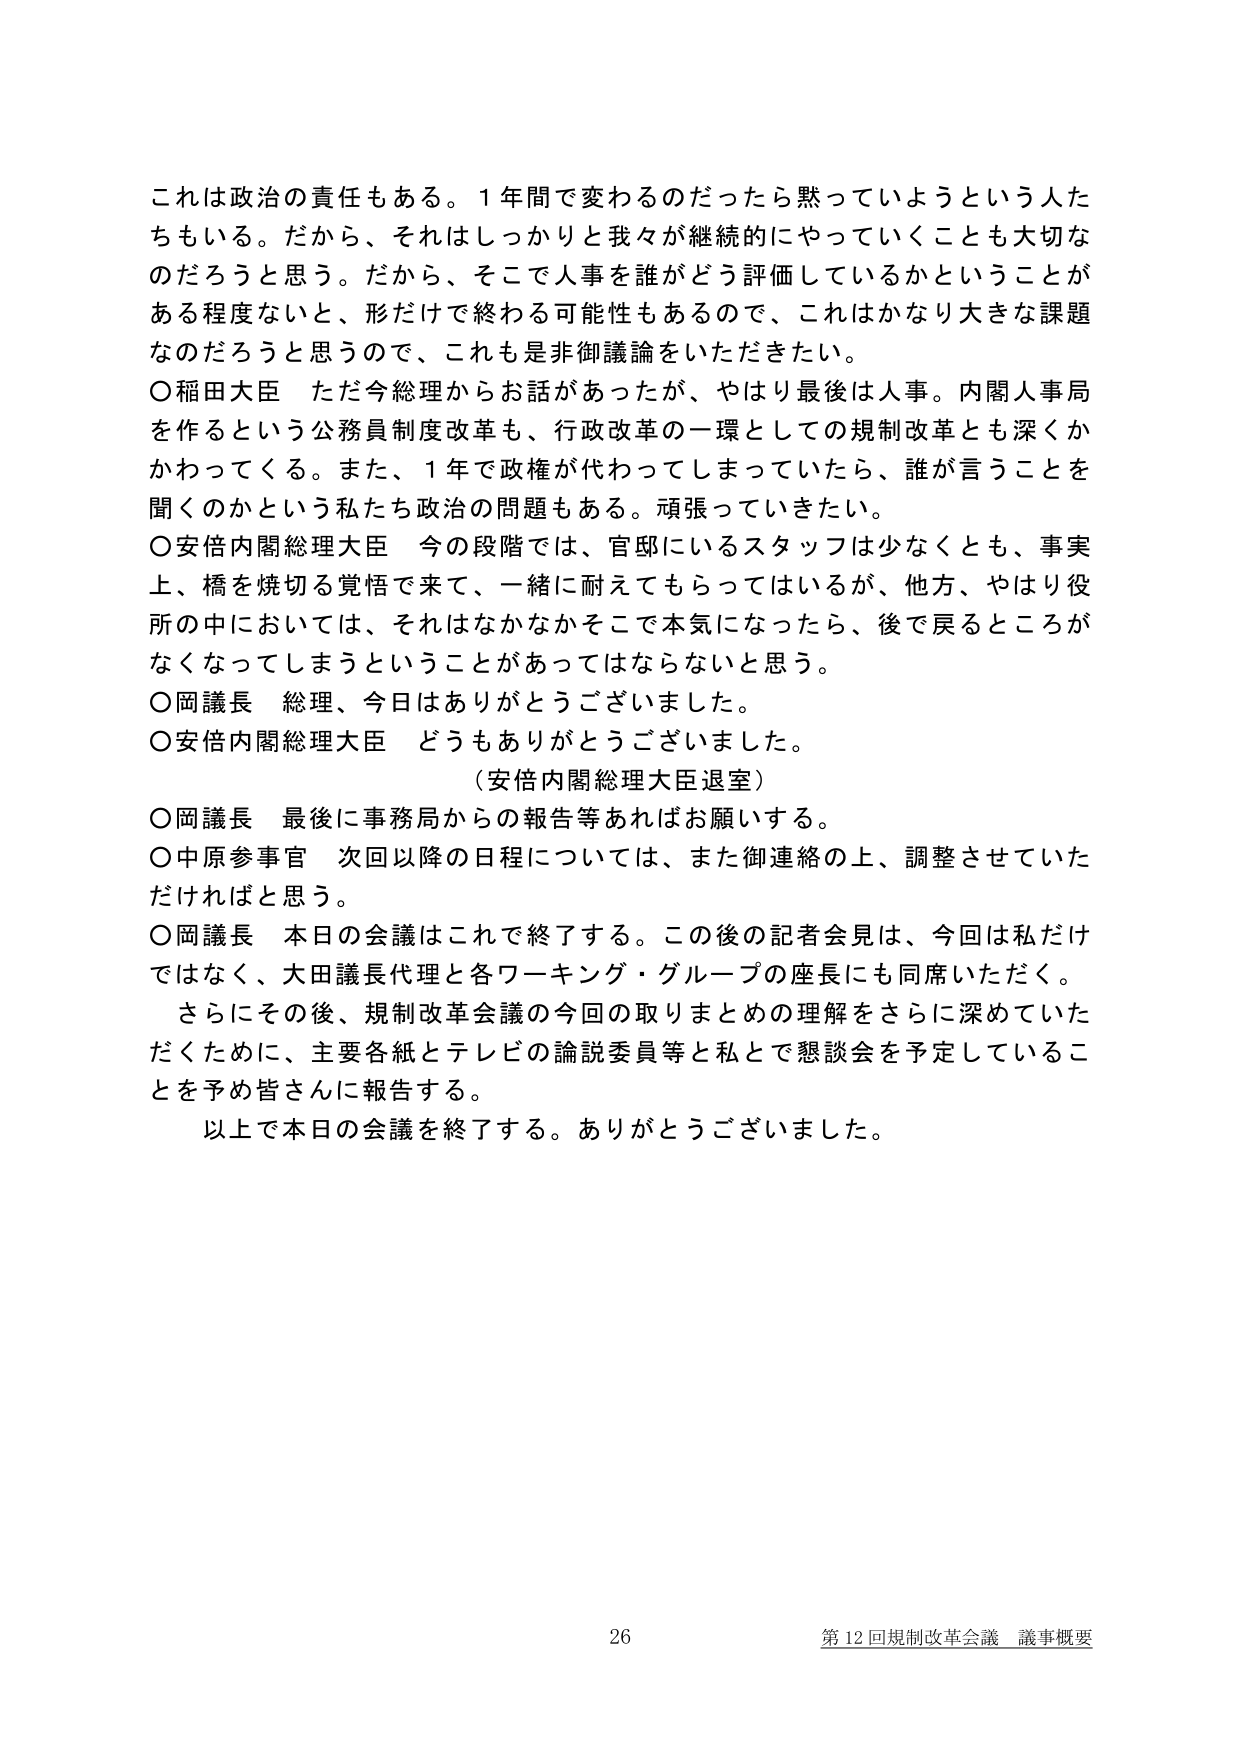
これは政治の責任もある。１年間で変わるのだったら黙っていようという人たちもいる。だから、それはしっかりと我々が継続的にやっていくことも大切なのだろうと思う。だから、そこで人事を誰がどう評価しているかということがある程度ないと、形だけで終わる可能性もあるので、これはかなり大きな課題なのだろうと思うので、これも是非御議論をいただきたい。

○稲田大臣　ただ今総理からお話があったが、やはり最後は人事。内閣人事局を作るという公務員制度改革も、行政改革の一環としての規制改革とも深くかかわってくる。また、１年で政権が代わってしまっていたら、誰が言うことを聞くのかという私たち政治の問題もある。頑張っていきたい。

○安倍内閣総理大臣　今の段階では、官邸にいるスタッフは少なくとも、事実上、橋を焼切る覚悟で来て、一緒に耐えてもらっているが、他方、やはり役所の中においては、それはなかなかそこで本気になったら、後で戻るところがなくなってしまうということがあってはならないと思う。

○岡議長　総理、今日はありがとうございました。

○安倍内閣総理大臣　どうもありがとうございました。

（安倍内閣総理大臣退室）

○岡議長　最後に事務局からの報告等あればお願いする。

○中原参事官　次回以降の日程については、また御連絡の上、調整させていただければと思う。

○岡議長　本日の会議はこれで終了する。この後の記者会見は、今回は私だけではなく、大田議長代理と各ワーキング・グループの座長にも同席いただく。

さらにその後、規制改革会議の今回の取りまとめの理解をさらに深めていただくために、主要各紙とテレビの論説委員等と私とで懇談会を予定していることを予め皆さんに報告する。

以上で本日の会議を終了する。ありがとうございました。

26 第12回規制改革会議 議事概要